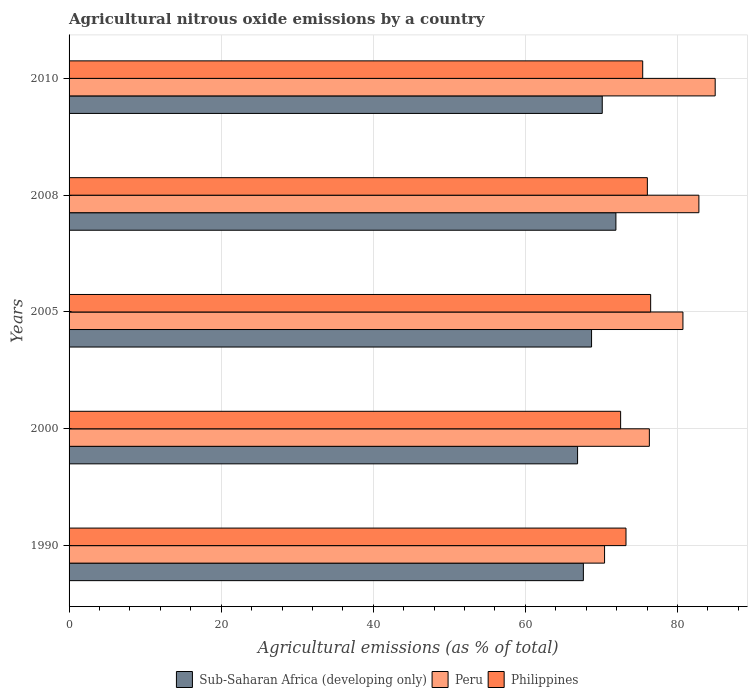
| Years | Sub-Saharan Africa (developing only) | Peru | Philippines |
 | --- | --- | --- | --- |
 | 1990 | 67.6 | 70.4 | 73.2 |
 | 2000 | 66.9 | 76.3 | 72.5 |
 | 2005 | 68.7 | 80.7 | 76.5 |
 | 2008 | 71.9 | 82.8 | 76 |
 | 2010 | 70.1 | 85 | 75.4 |